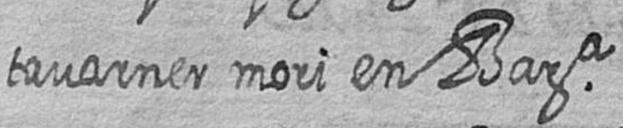
tavarner mori en Bara